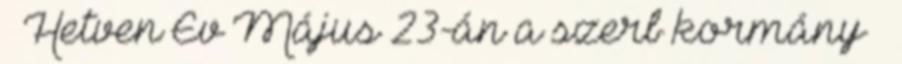
— Hetven Év Május 23-án a szerb kormány —